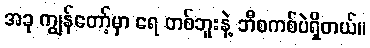
အခု ကျွန်တော့်မှာ ရေ တစ်ဘူးနဲ့ ဘီစကစ်ပဲရှိတယ်။